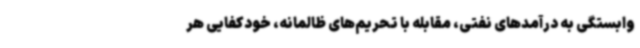
وابستگی به درآمدهای نفتی، مقابله با تحریم‌های ظالمانه، خودکفایی هر